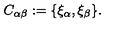
C _ { \alpha \beta } : = \{ \xi _ { \alpha } , \xi _ { \beta } \} .